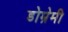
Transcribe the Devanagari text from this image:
डोम्रेमी